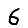
Digit: 6